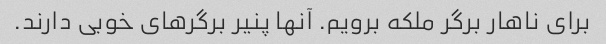
برای ناهار برگر ملکه برویم. آنها پنیر برگرهای خوبی دارند.